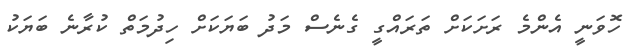
ހޮވަނީ އެންމެ ރަށަކަށް ތަރައްގީ ގެނެސް މަދު ބަޔަކަށް ހިދުމަތް ކުރާނެ ބަޔަކު